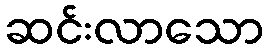
ဆင်းလာသော